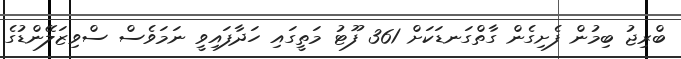
ބްރިޖު ބިމުން ފެށިގެން ގާތްގަނޑަކަށް 361 ފޫޓު މަތީގައި ހަދާފައިވީ ނަމަވެސް ސްވިޒަލޭންޑުގެ